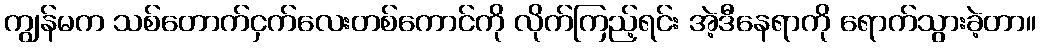
ကျွန်မက သစ်တောက်ငှက်လေးတစ်ကောင်ကို လိုက်ကြည့်ရင်း အဲ့ဒီနေရာကို ရောက်သွားခဲ့တာ။